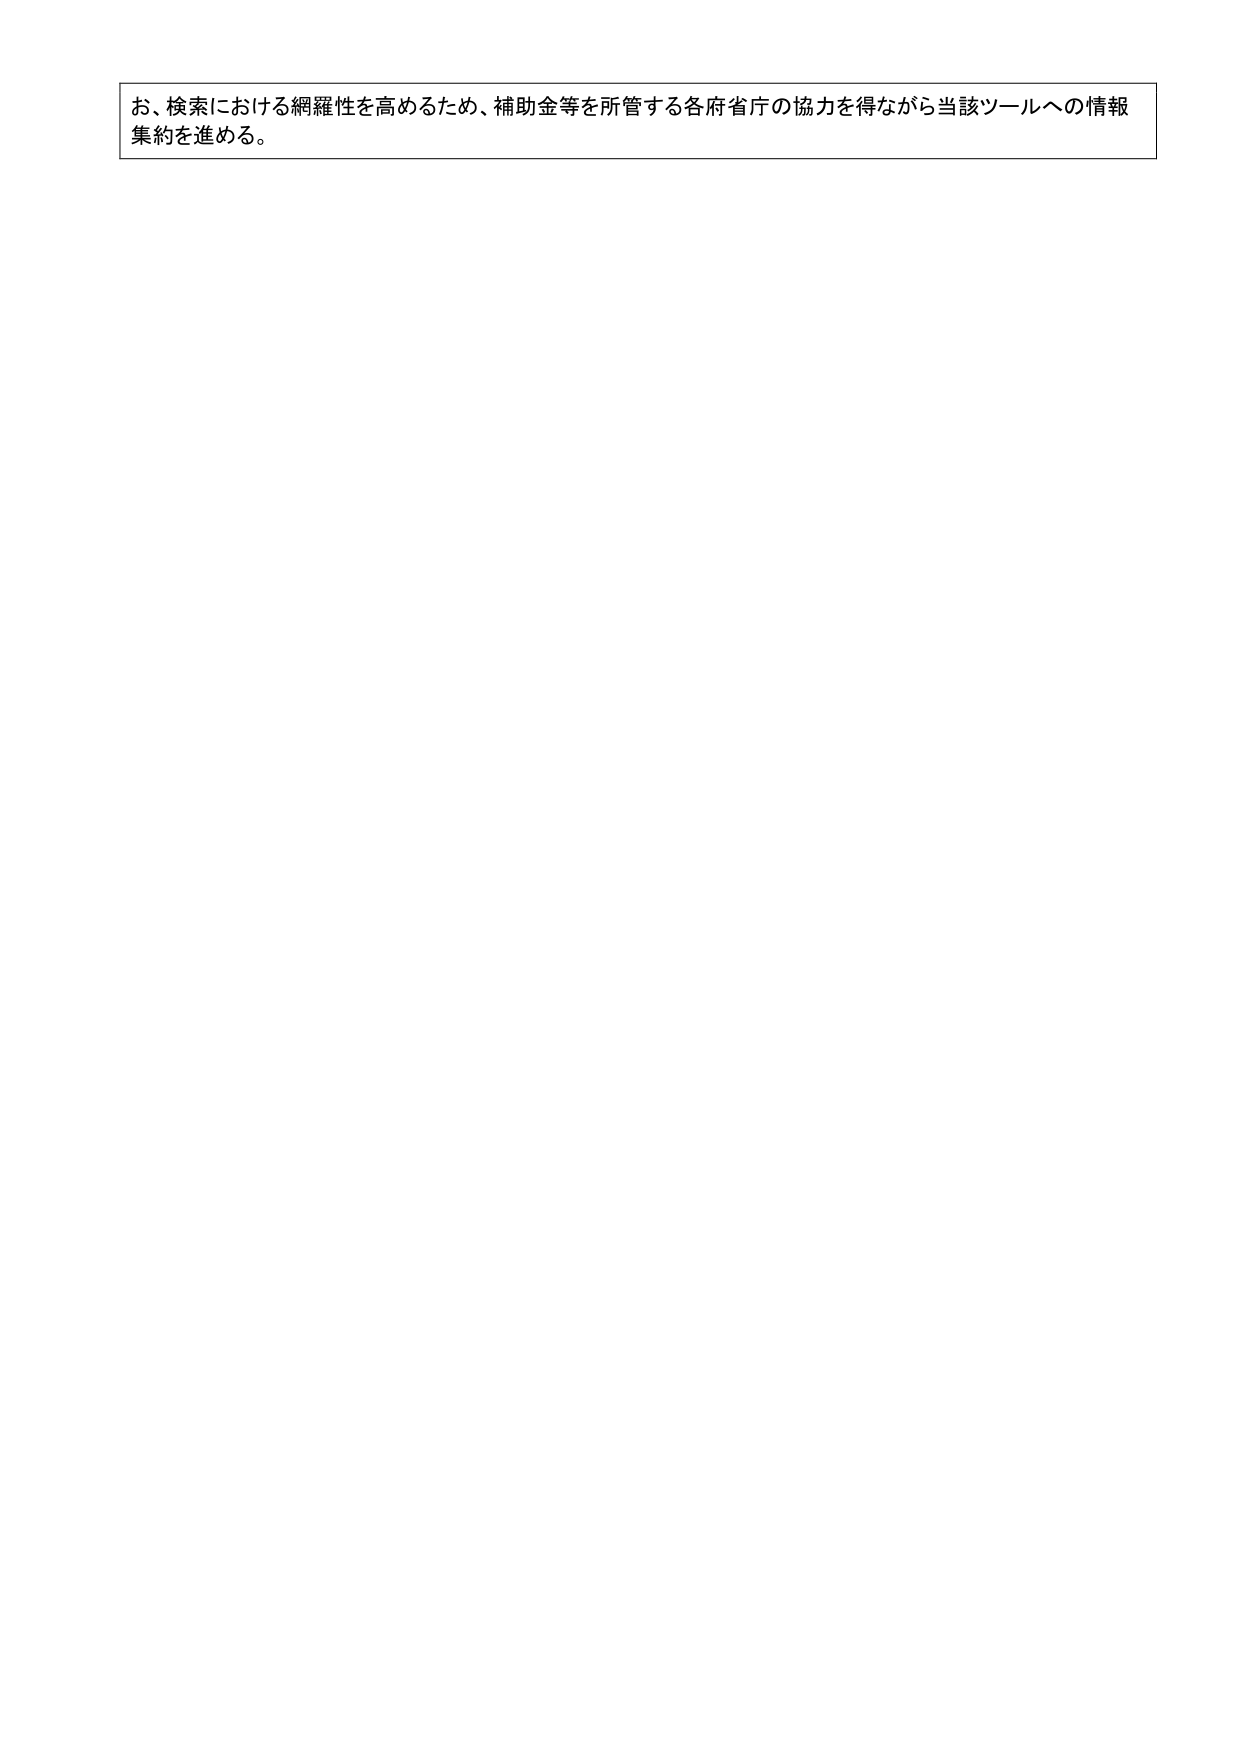
お、検索における網羅性を高めるため、補助金等を所管する各府省庁の協力を得ながら当該ツールへの情報集約を進める。